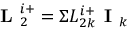
\textbf { L } _ { 2 } ^ { i + } = \Sigma L _ { 2 k } ^ { i + } \textbf { I } _ { k }